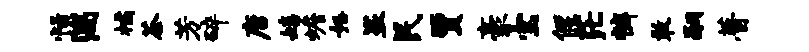
恬湍橘茶芳碎唐嬉蟾怒盗民贾豪宝偃茫裤敢嗣瞢